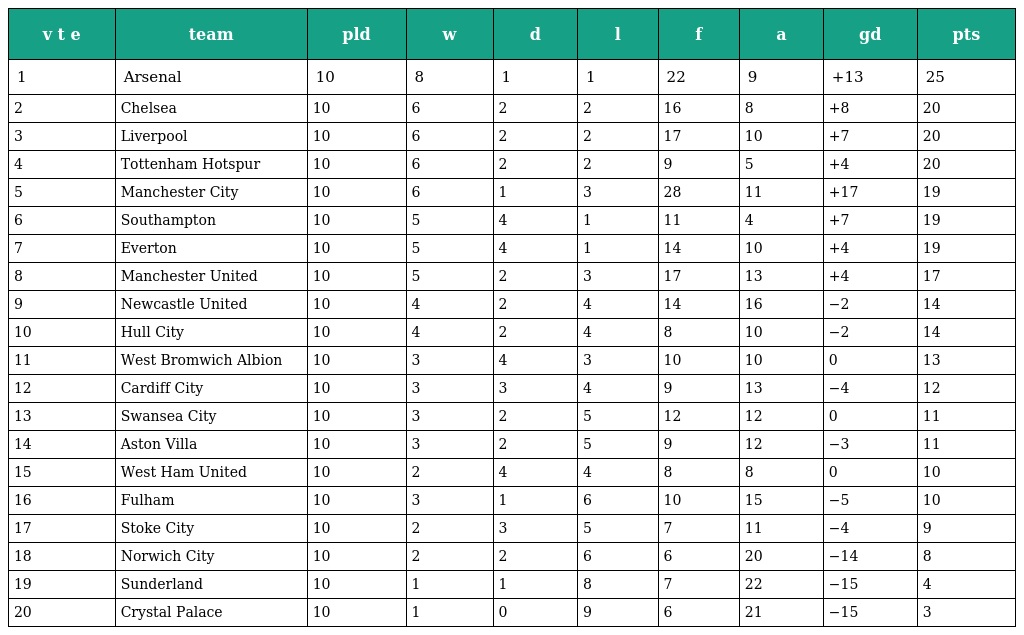
| v t e | team | pld | w | d | l | f | a | gd | pts |
 | --- | --- | --- | --- | --- | --- | --- | --- | --- | --- |
 | 1 | Arsenal | 10 | 8 | 1 | 1 | 22 | 9 | +13 | 25 |
 | 2 | Chelsea | 10 | 6 | 2 | 2 | 16 | 8 | +8 | 20 |
 | 3 | Liverpool | 10 | 6 | 2 | 2 | 17 | 10 | +7 | 20 |
 | 4 | Tottenham Hotspur | 10 | 6 | 2 | 2 | 9 | 5 | +4 | 20 |
 | 5 | Manchester City | 10 | 6 | 1 | 3 | 28 | 11 | +17 | 19 |
 | 6 | Southampton | 10 | 5 | 4 | 1 | 11 | 4 | +7 | 19 |
 | 7 | Everton | 10 | 5 | 4 | 1 | 14 | 10 | +4 | 19 |
 | 8 | Manchester United | 10 | 5 | 2 | 3 | 17 | 13 | +4 | 17 |
 | 9 | Newcastle United | 10 | 4 | 2 | 4 | 14 | 16 | −2 | 14 |
 | 10 | Hull City | 10 | 4 | 2 | 4 | 8 | 10 | −2 | 14 |
 | 11 | West Bromwich Albion | 10 | 3 | 4 | 3 | 10 | 10 | 0 | 13 |
 | 12 | Cardiff City | 10 | 3 | 3 | 4 | 9 | 13 | −4 | 12 |
 | 13 | Swansea City | 10 | 3 | 2 | 5 | 12 | 12 | 0 | 11 |
 | 14 | Aston Villa | 10 | 3 | 2 | 5 | 9 | 12 | −3 | 11 |
 | 15 | West Ham United | 10 | 2 | 4 | 4 | 8 | 8 | 0 | 10 |
 | 16 | Fulham | 10 | 3 | 1 | 6 | 10 | 15 | −5 | 10 |
 | 17 | Stoke City | 10 | 2 | 3 | 5 | 7 | 11 | −4 | 9 |
 | 18 | Norwich City | 10 | 2 | 2 | 6 | 6 | 20 | −14 | 8 |
 | 19 | Sunderland | 10 | 1 | 1 | 8 | 7 | 22 | −15 | 4 |
 | 20 | Crystal Palace | 10 | 1 | 0 | 9 | 6 | 21 | −15 | 3 |